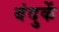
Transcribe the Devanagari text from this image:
बंदुकें